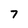
Character: 7